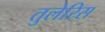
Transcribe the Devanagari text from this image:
तुलेरिस